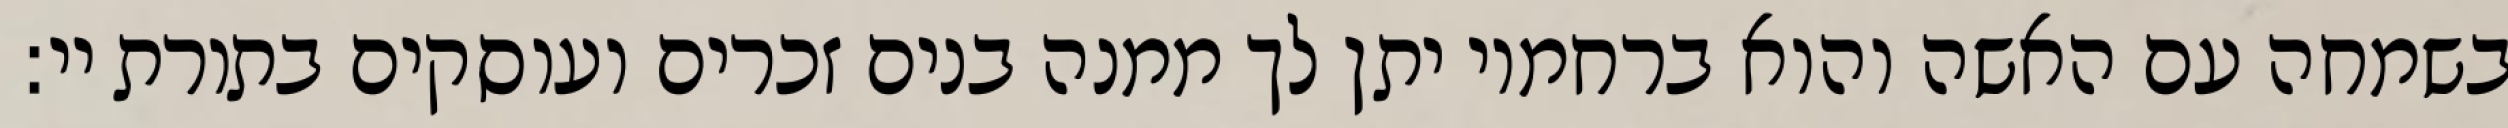
בשמחה עם האשה והוא ברחמיו יתן לך ממנה בנים זכרים ועוסקים בתורת יי: